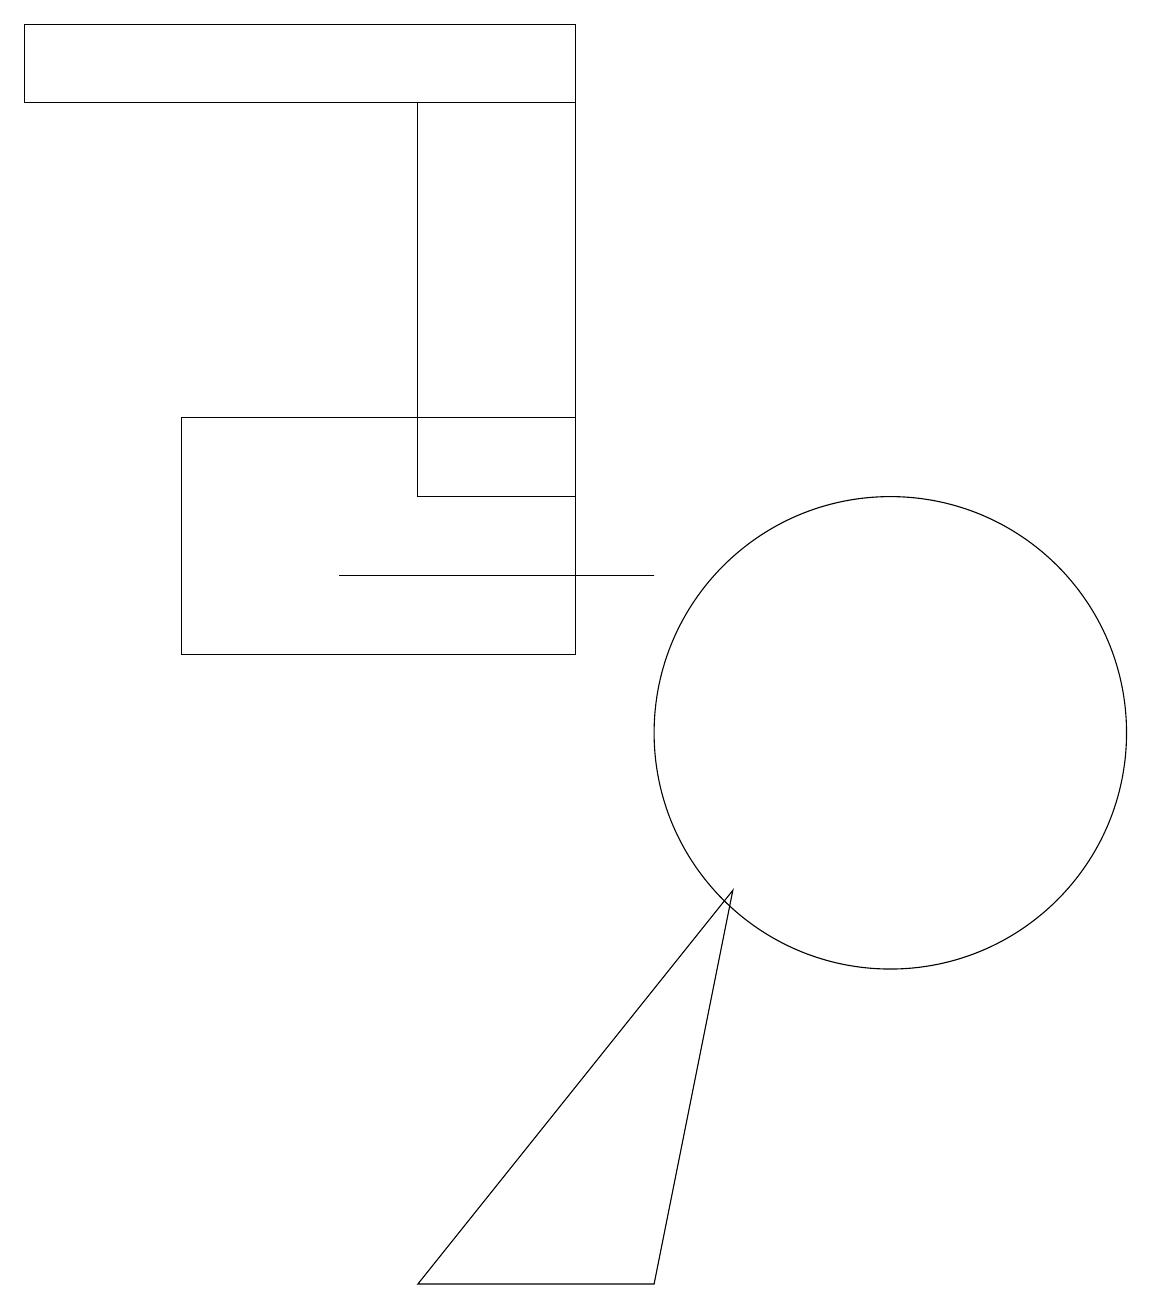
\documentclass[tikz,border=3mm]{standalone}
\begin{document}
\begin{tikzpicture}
\draw (7,19) rectangle (0,18);
\draw (5,18) rectangle (7,13);
\draw (2,14) rectangle (7,11);
\draw (8,12) rectangle (4,12);
\draw (8,3) -- (9,8) -- (5,3) -- cycle;
\draw (11,10) circle (3);
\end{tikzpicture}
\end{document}